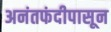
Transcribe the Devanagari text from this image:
अनंतफंदीपासून